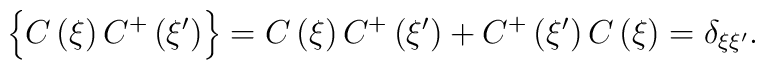
\left\{ C\left( \xi \right) C^{+}\left( \xi ^{\prime }\right) \right\} =C\left( \xi \right) C^{+}\left( \xi ^{\prime }\right) +C^{+}\left( \xi ^{\prime }\right) C\left( \xi \right) =\delta _{\xi \xi ^{\prime }}.